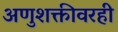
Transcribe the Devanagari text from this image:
अणुशक्तीवरही